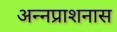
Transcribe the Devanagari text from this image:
अन्नप्राशनास